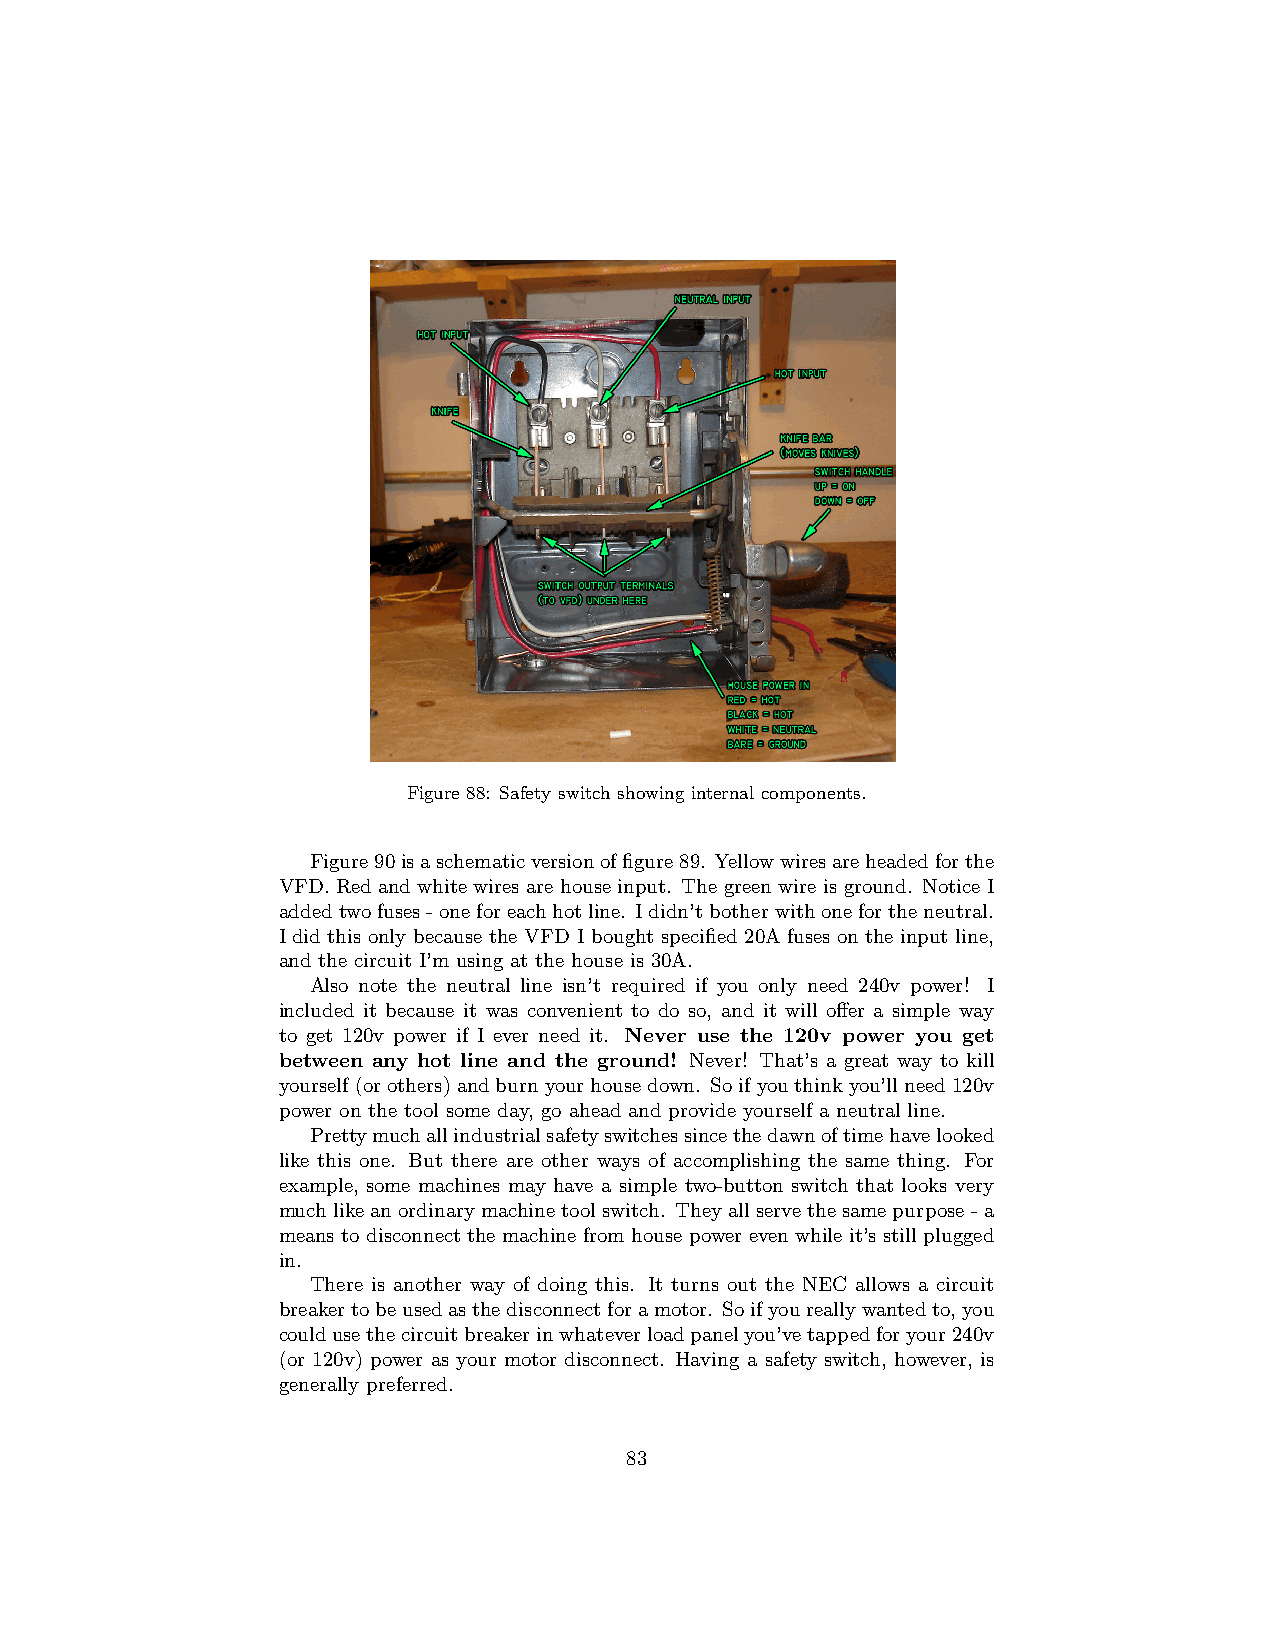
Figure 88: Safety switch showing internal components.
 Figure90isaschematicversionoffigure89. Yellowwiresareheadedforthe
 VFD. Red and white wires are house input. The green wire is ground. Notice I
 addedtwofuses-oneforeachhotline. Ididn’tbotherwithonefortheneutral.
 I did this only because the VFD I bought specified 20A fuses on the input line,
 and the circuit I’m using at the house is 30A.
 Also note the neutral line isn’t required if you only need 240v power! I
 included it because it was convenient to do so, and it will offer a simple way
 to get 120v power if I ever need it. Never use the 120v power you get
 between any hot line and the ground! Never! That’s a great way to kill
 yourself(orothers)andburnyourhousedown. Soifyouthinkyou’llneed120v
 power on the tool some day, go ahead and provide yourself a neutral line.
 Prettymuchallindustrialsafetyswitchessincethedawnoftimehavelooked
 like this one. But there are other ways of accomplishing the same thing. For
 example, some machines may have a simple two-button switch that looks very
 muchlikeanordinarymachinetoolswitch. Theyallservethesamepurpose-a
 means to disconnect the machine from house power even while it’s still plugged
 in.
 There is another way of doing this. It turns out the NEC allows a circuit
 breakertobeusedasthedisconnectforamotor. Soifyoureallywantedto,you
 couldusethecircuitbreakerinwhateverloadpanelyou’vetappedforyour240v
 (or 120v) power as your motor disconnect. Having a safety switch, however, is
 generally preferred.
 83